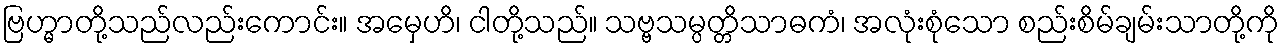
ဗြဟ္မာတို့သည်လည်းကောင်း။ အမှေဟိ၊ ငါတို့သည်။ သဗ္ဗသမ္ပတ္တိသာဓကံ၊ အလုံးစုံသော စည်းစိမ်ချမ်းသာတို့ကို